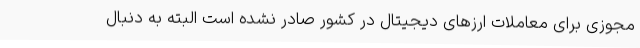
مجوزی برای معاملات ارزهای دیجیتال در کشور صادر نشده است البته به دنبال